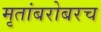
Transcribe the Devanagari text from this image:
मृतांबरोबरच